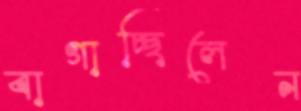
বাগাচ্ছিলেন